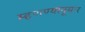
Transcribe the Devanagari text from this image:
म्हणण्यानूसार